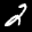
Label: 2